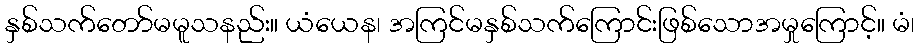
နှစ်သက်တော်မမူသနည်း။ ယံယေန၊ အကြင်မနှစ်သက်ကြောင်းဖြစ်သောအမှုကြောင့်။ မံ၊